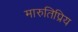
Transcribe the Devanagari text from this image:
मारुतिप्रिय